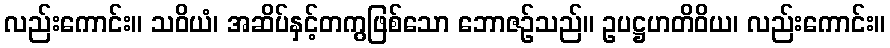
လည်းကောင်း။ သဝိယံ၊ အဆိပ်နှင့်တကွဖြစ်သော ဘောဇဉ်သည်။ ဥပဋ္ဌဟတိဝိယ၊ လည်းကောင်း။